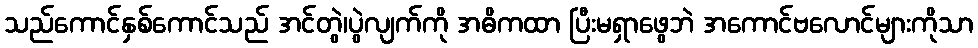
သည်ကောင်နှစ်ကောင်သည် အင်တွဲ၊ပွဲလျက်ကို အဓိကထာ ပြီးမရှာဖွေဘဲ အကောင်ဗလောင်များကိုသာ